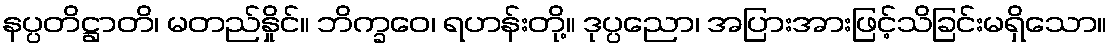
နပ္ပတိဋ္ဌာတိ၊ မတည်နှိုင်။ ဘိက္ခဝေ၊ ရဟန်းတို့။ ဒုပ္ပညော၊ အပြားအားဖြင့်သိခြင်းမရှိသော။